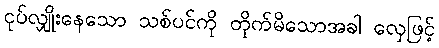
ငုပ်လျှိုးနေသော သစ်ပင်ကို တိုက်မိသောအခါ လှေဖြင့်